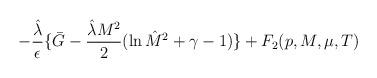
LaTeX: \begin{align*}-{{\hat{\lambda}}\over \epsilon}\{ \bar{G} - {{\hat{\lambda}}M^2\over 2}(\ln{\hat{M}}^2 + \gamma - 1)\} + F_2{(p , M , \mu , T)}\end{align*}